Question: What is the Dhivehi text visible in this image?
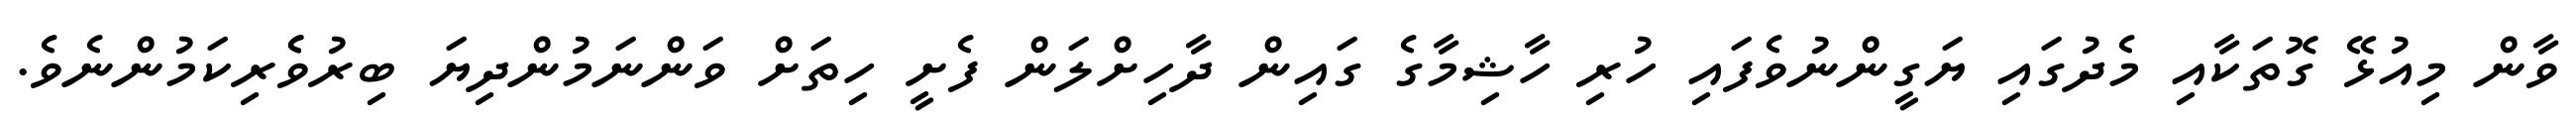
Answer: ވާން މިއުޅޭ ގޮތަކާއި މެދުގައި ޔަގީންނުވެފައި ހުރި ހާޝިމާގެ ގައިން ދާހިށްލަން ފެށީ ހިތަށް ވަންނަމުންދިޔަ ބިރުވެެރިކަމުންނެވެ.